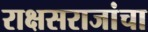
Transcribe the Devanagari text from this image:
राक्षसराजांचा